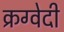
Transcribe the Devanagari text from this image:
क्रग्वेदी